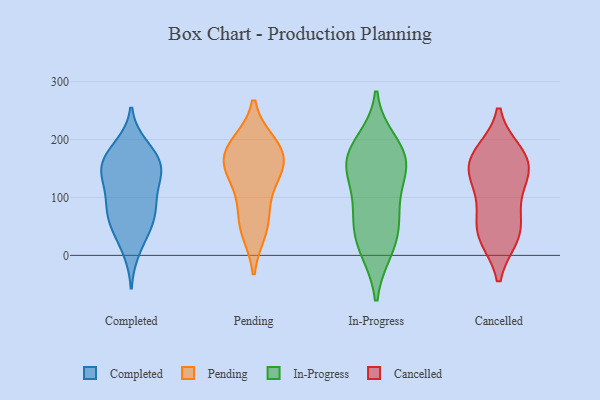
{"axis": {"x": "Production Output", "y": "Value"}, "legend": ["Cancelled", "Completed", "In-Progress", "Pending"], "data": [{"x": "", "y": 52, "type": "Completed"}, {"x": "", "y": 70, "type": "Completed"}, {"x": "", "y": 128, "type": "Completed"}, {"x": "", "y": 148, "type": "Completed"}, {"x": "", "y": 43, "type": "Completed"}, {"x": "", "y": 75, "type": "Completed"}, {"x": "", "y": 188, "type": "Completed"}, {"x": "", "y": 153, "type": "Completed"}, {"x": "", "y": 140, "type": "Completed"}, {"x": "", "y": 98, "type": "Completed"}, {"x": "", "y": 169, "type": "Completed"}, {"x": "", "y": 86, "type": "Completed"}, {"x": "", "y": 10, "type": "Completed"}, {"x": "", "y": 178, "type": "Completed"}, {"x": "", "y": 147, "type": "Completed"}, {"x": "", "y": 193, "type": "Pending"}, {"x": "", "y": 159, "type": "Pending"}, {"x": "", "y": 181, "type": "Pending"}, {"x": "", "y": 85, "type": "Pending"}, {"x": "", "y": 160, "type": "Pending"}, {"x": "", "y": 189, "type": "Pending"}, {"x": "", "y": 145, "type": "Pending"}, {"x": "", "y": 127, "type": "Pending"}, {"x": "", "y": 51, "type": "Pending"}, {"x": "", "y": 42, "type": "Pending"}, {"x": "", "y": 195, "type": "In-Progress"}, {"x": "", "y": 149, "type": "In-Progress"}, {"x": "", "y": 167, "type": "In-Progress"}, {"x": "", "y": 55, "type": "In-Progress"}, {"x": "", "y": 165, "type": "In-Progress"}, {"x": "", "y": 133, "type": "In-Progress"}, {"x": "", "y": 60, "type": "In-Progress"}, {"x": "", "y": 85, "type": "In-Progress"}, {"x": "", "y": 10, "type": "In-Progress"}, {"x": "", "y": 14, "type": "In-Progress"}, {"x": "", "y": 172, "type": "In-Progress"}, {"x": "", "y": 67, "type": "Cancelled"}, {"x": "", "y": 168, "type": "Cancelled"}, {"x": "", "y": 34, "type": "Cancelled"}, {"x": "", "y": 135, "type": "Cancelled"}, {"x": "", "y": 140, "type": "Cancelled"}, {"x": "", "y": 97, "type": "Cancelled"}, {"x": "", "y": 36, "type": "Cancelled"}, {"x": "", "y": 148, "type": "Cancelled"}, {"x": "", "y": 177, "type": "Cancelled"}, {"x": "", "y": 32, "type": "Cancelled"}, {"x": "", "y": 173, "type": "Cancelled"}]}